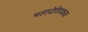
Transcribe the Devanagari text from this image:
महादेवियकक